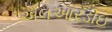
એલઆરડીઇ